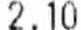
2.10